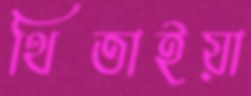
থিতাইয়া